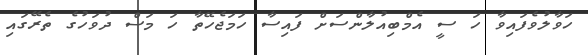
ހަވާލުވެފައިވާ ހަ ސީ އެމްބިއުލާންސަށް ފައިސާ ހަމަޖެހޭތާ ހަ މަސް ދުވަހުގެ ތެރޭގައި